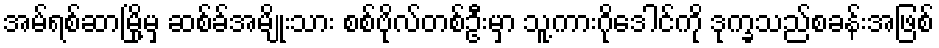
အမ်ရစ်ဆာမြို့မှ ဆစ်ခ်အမျိုးသား စစ်ဗိုလ်တစ်ဦးမှာ သူ့ကားဂိုဒေါင်ကို ဒုက္ခသည်စခန်းအဖြစ်